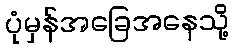
ပုံမှန်အခြေအနေသို့